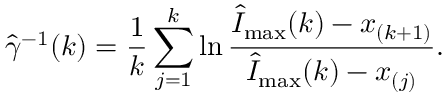
\hat { \gamma } ^ { - 1 } ( k ) = \frac 1 k \sum _ { j = 1 } ^ { k } \ln \frac { \hat { I } _ { \operatorname* { m a x } } ( k ) - x _ { ( k + 1 ) } } { \hat { I } _ { \operatorname* { m a x } } ( k ) - x _ { ( j ) } } .